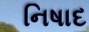
નિષાદ